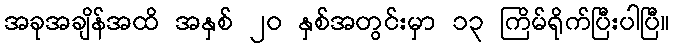
အခုအချိန်အထိ အနှစ် ၂၀ နှစ်အတွင်းမှာ ၁၃ ကြိမ်ရိုက်ပြီးပါပြီ။